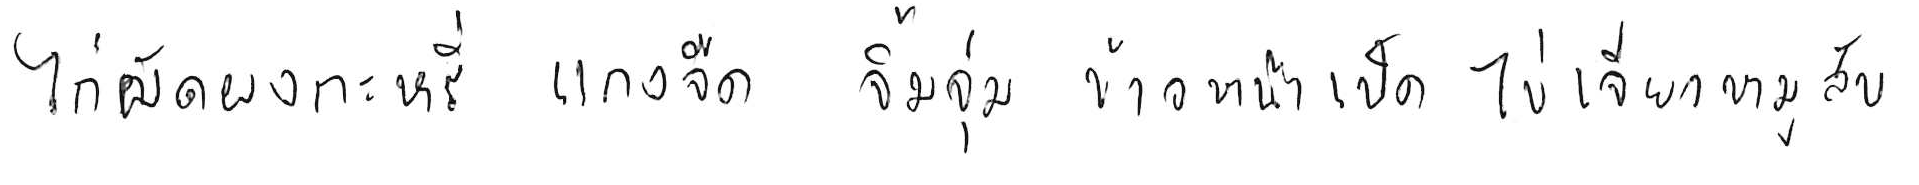
ไก่ผัดผงกะหรี่ แกงจืด จิ้มจุ่ม ข้าวหน้าเป็ด ไข่เจียวหมูสับ